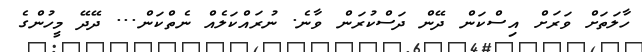
ހާލަތަށް ވަރަށް އިސްކަން ދޭން ދަސްކުރަން ވާނެ. ނުރައްކަލެއް ނެތްކަން... ދޭދޭ މީހުންގެ